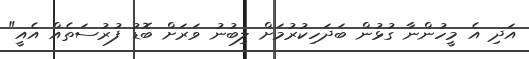
އަދި އެ މީހުންނާ ގުޅުން ބަދަހިކުރުމަށް ލިބުނު ވަރަށް ބޮޑު ފުރުސަތެއް އެއީ"